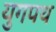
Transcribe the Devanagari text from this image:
युगपथ